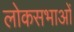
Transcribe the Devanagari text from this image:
लोकसभाओं